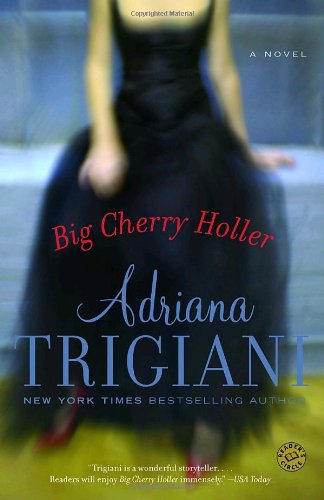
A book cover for Big Cherry Holler: A Novel (Ballantine Reader's Circle); Adriana Trigiani; Literature & Fiction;